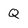
Character: Q